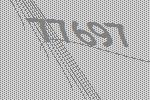
77697